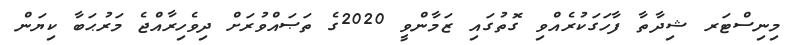
މިނިސްޓަރ ޝިދާތާ ފާހަގަކުރެއްވި ގޮތުގައި ޒަމާންވީ 2020ގެ ތަޞައްވުރަށް ދިވެހިރާއްޖެ މަރުޙަބާ ކިޔަން